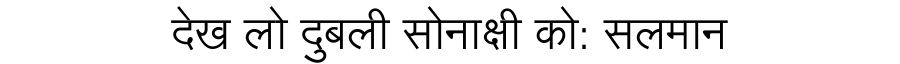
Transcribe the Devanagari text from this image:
देख लो दुबली सोनाक्षी को: सलमान